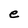
Character: e